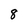
Character: 8